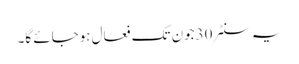
یہ سنٹر 30جون تک فعال ہوجائے گا۔